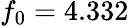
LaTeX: f_{0}=4.332